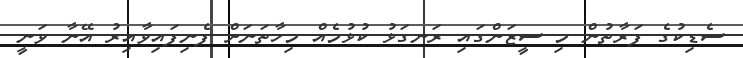
ސެޑިކުގެ ފަރާތުން މި ސީޒަންގައި ރަނގަޅު ކުޅުމެއް މިހާތަނަށް ފެނިފައިވާއިރު އޭނާ ވަނީ